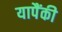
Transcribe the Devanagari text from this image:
यापैंकी